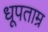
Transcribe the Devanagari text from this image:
धूपताम्र